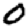
Digit: 0